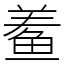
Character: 鲝